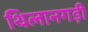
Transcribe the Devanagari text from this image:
थिलानगड़ी